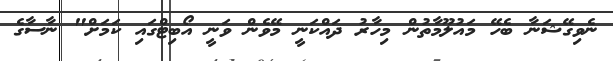
ނެވިގޭޝަނާ ބެހޭ މައުލޫމާތުން މިހާރު ދައްކަނީ މޭވެން ވަނީ އޯބިޓްގައި ކަމަށް" ނާސާގެ